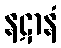
နဋာနံ